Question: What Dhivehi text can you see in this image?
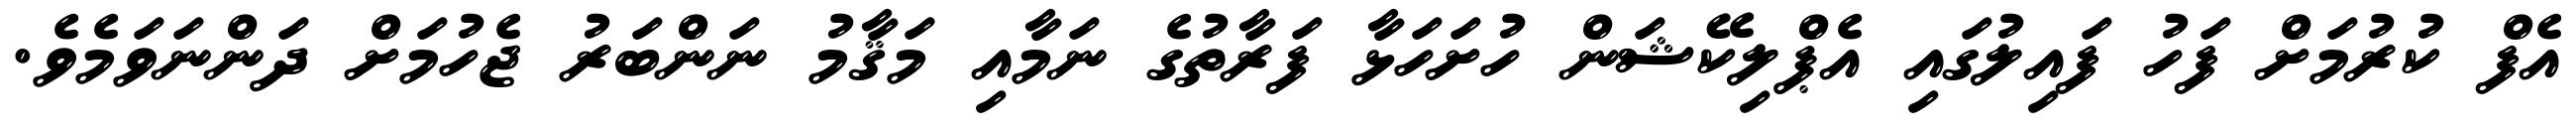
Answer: އެފް ކުރުމަށް ފަހު ފައިލުގައި އެޕްލިކޭޝަން ހުށަހަޅާ ފަރާތުގެ ނަމާއި މަޤާމު ނަންބަރު ޖެހުމަށް ދަންނަވަމެވެ.